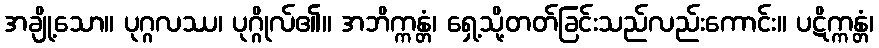
အချို့သော။ ပုဂ္ဂလဿ၊ ပုဂ္ဂိုလ်၏။ အဘိက္ကန္တံ၊ ရှေ့သို့တတ်ခြင်းသည်လည်းကောင်း။ ပဋိက္ကန္တံ၊